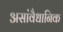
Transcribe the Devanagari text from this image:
असांवैधानिक